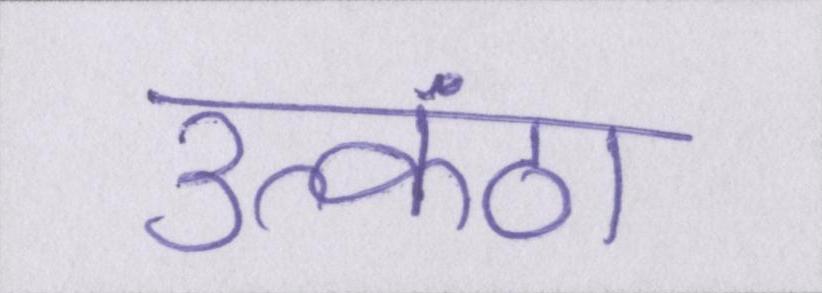
उत्कंठा